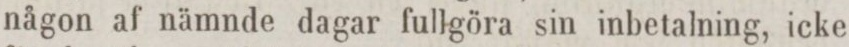
någon af nämnde dagar fullgöra sin inbetalning, icke